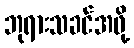
ဘုရားသခင်အဖို့